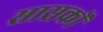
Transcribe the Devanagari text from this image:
सासकों